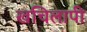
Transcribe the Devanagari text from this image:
खचिलापी